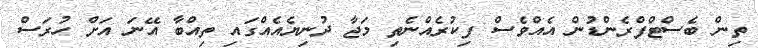
ތިން ބެސްޓްފްރެންޑުން އެއްވެސް ފިކުރެއްނެތި މަޖާ ދުނިޔެއެއްގައި ތިއްބާ އޭނަ އަށް ހުރަސް